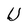
Character: U